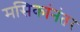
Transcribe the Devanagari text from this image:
मसिकांनंतर